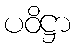
ပဝိဋ္ဌာ